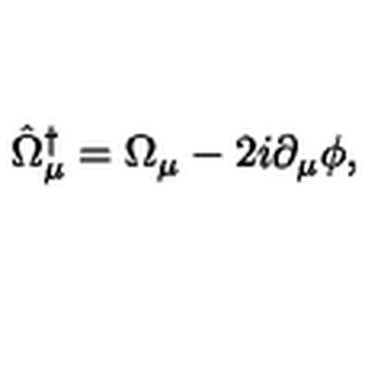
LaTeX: \hat { \Omega } _ { \mu } ^ { \dagger } = \Omega _ { \mu } - 2 i \partial _ { \mu } \phi ,